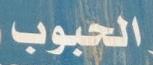
الحبوب